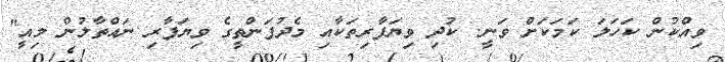
ވިއްކުން ކަހަލަ ކަމަކަށް ވަނީ. ކުދި ވިޔަފާރިތަކާއި މެދުފަންތީގެ ވިޔަފާރި ނައްތާލުން މިއީ"